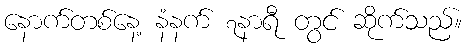
နောက်တစ်နေ့ နံနက် ၇နာရီ တွင် ဆိုက်သည်။